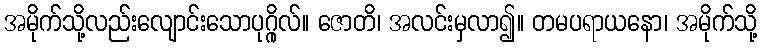
အမိုက်သို့လည်းလျောင်းသောပုဂ္ဂိုလ်။ ဇောတိ၊ အလင်းမှလာ၍။ တမပရာယနော၊ အမိုက်သို့